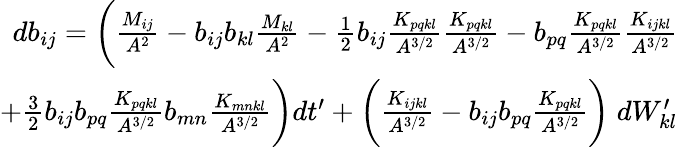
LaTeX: \begin{array}{r}{db_{ij}=\bigg(\frac{M_{ij}}{A^{2}}-b_{ij}b_{kl}\frac{M_{kl}}{A^{2}}-\frac{1}{2}b_{ij}\frac{K_{pqkl}}{A^{3/2}}\frac{K_{pqkl}}{A^{3/2}}-b_{pq}\frac{K_{pqkl}}{A^{3/2}}\frac{K_{ijkl}}{A^{3/2}}}\\ {+\frac{3}{2}b_{ij}b_{pq}\frac{K_{pqkl}}{A^{3/2}}b_{mn}\frac{K_{mnkl}}{A^{3/2}}\bigg)dt^{\prime}+\bigg(\frac{K_{ijkl}}{A^{3/2}}-b_{ij}b_{pq}\frac{K_{pqkl}}{A^{3/2}}\bigg)\; dW_{kl}^{\prime}}\end{array}